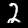
Label: 2